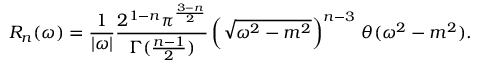
R _ { n } ( \omega ) = \frac { 1 } { | \omega | } \frac { 2 ^ { 1 - n } \pi ^ { \frac { 3 - n } { 2 } } } { \Gamma ( \frac { n - 1 } { 2 } ) } \left( \sqrt { \omega ^ { 2 } - m ^ { 2 } } \right) ^ { n - 3 } \, \theta ( \omega ^ { 2 } - m ^ { 2 } ) .